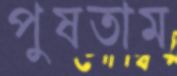
পুষতাম